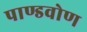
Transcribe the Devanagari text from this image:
पाण्डवोण